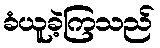
ခံယူခဲ့ကြသည်